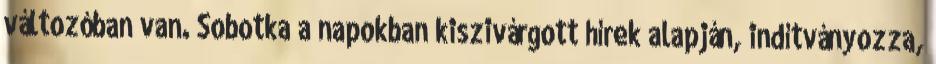
változóban van. Sobotka a napokban kiszivárgott hírek alapján, indítványozza,